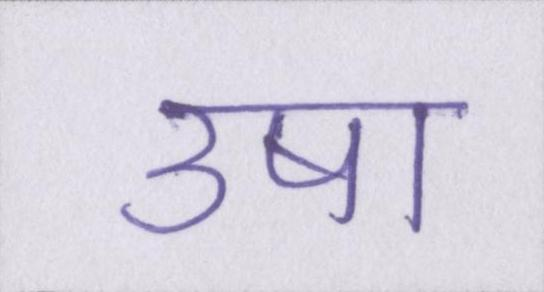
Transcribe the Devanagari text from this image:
उषा